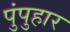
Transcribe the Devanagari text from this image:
पुंपुहार